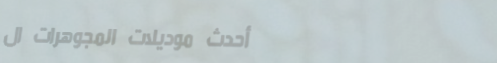
أحدث موديلات المجوهرات ال